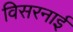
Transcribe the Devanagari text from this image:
विसरनाई